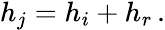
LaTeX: \begin{array}{r}{h_{j}=h_{i}+h_{r}\, .}\end{array}